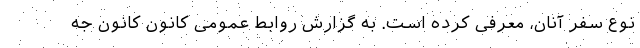
نوع سفر آنان، معرفی کرده است. به گزارش روابط عمومی کانون کانون جه